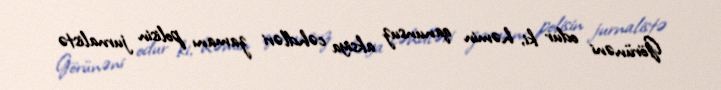
Görünəni odur ki, həmin qanunsuz aksiya cəhdləri zamanı polisin jurnalistə